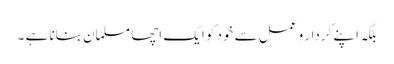
بلکہ اپنے کردار و عمل سے خود کو ایک اچھا مسلمان بنانا ہے ۔